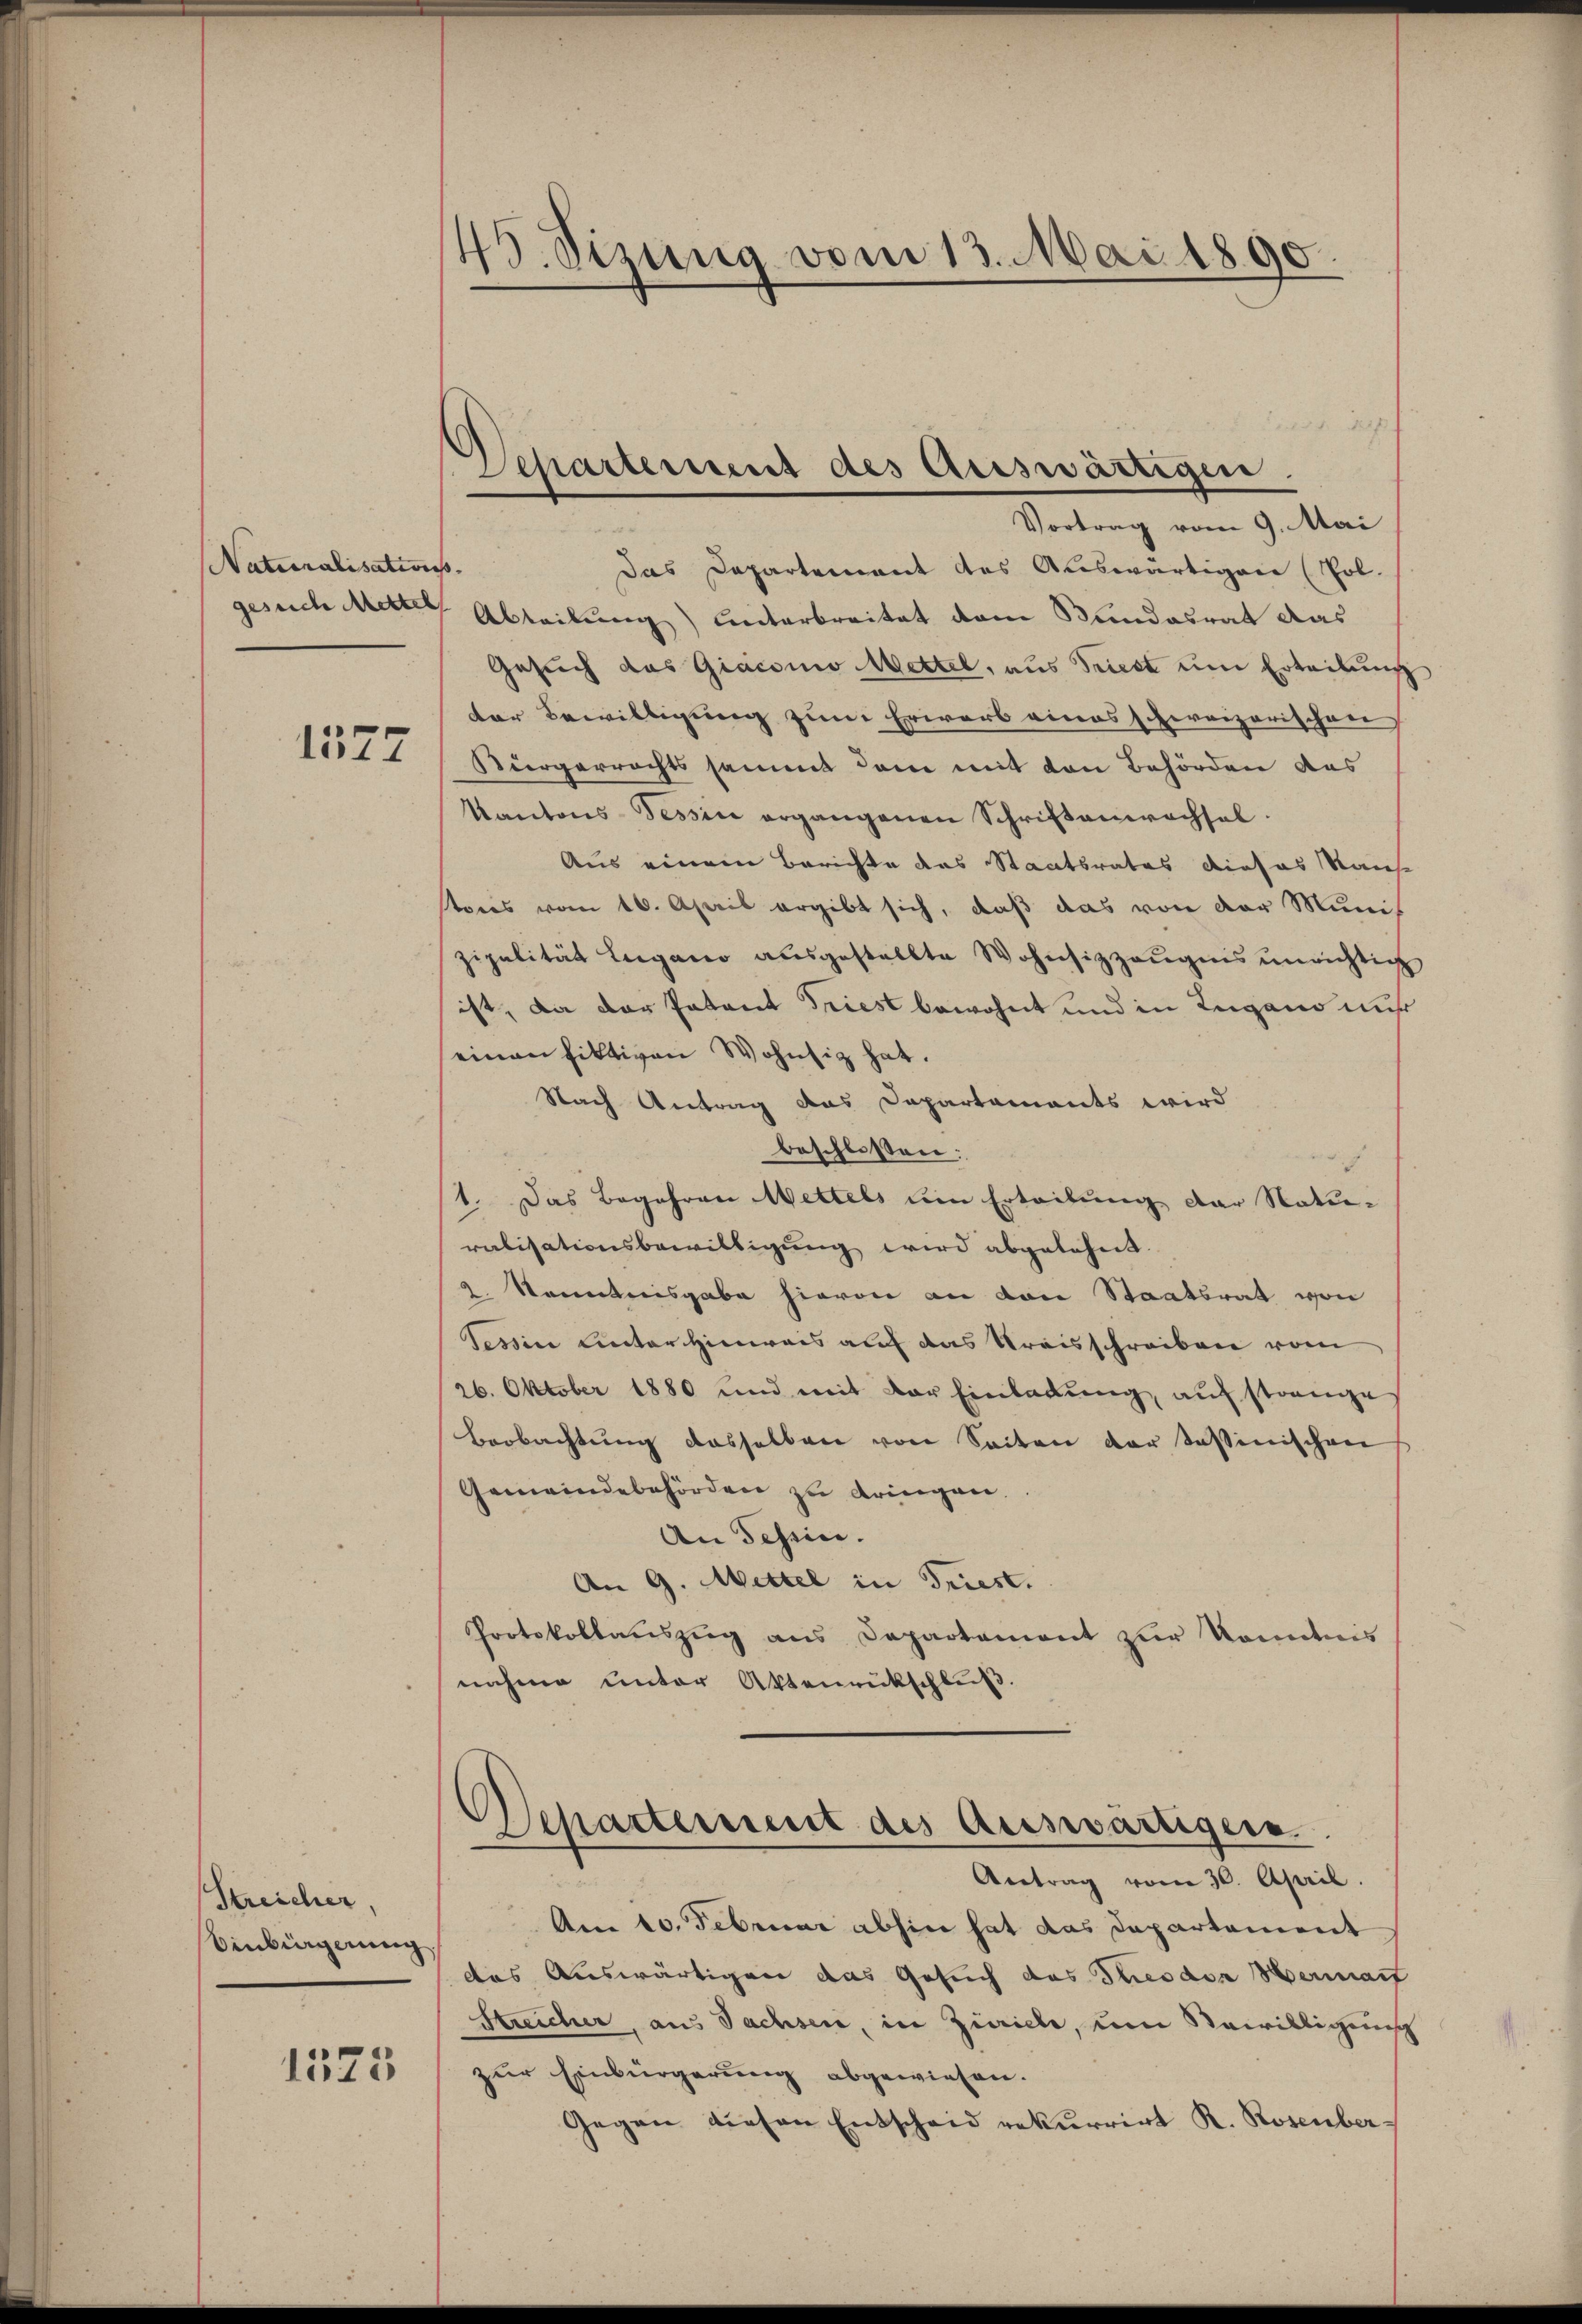
Naturalisations.

1577

Streicher,
Einbingerung

1525

49. Sizung vom 13. Mai 1890.

Jah
Departement des Auswärtigen.
Vortrag vom 9. Mai

Das Departement des Auswärtigen (Pol-
gesuch Metter, Abteilung) unterbreitet dem Stundesrat das
Gesuch das Giacomo Mettel, aus Triest um Erteilung
der Bewilligung zum Erwarb eines schereizerischen
Bürgerrechts sammt dem mit von Behörden des
Kantons-Tessin ergangenen Schriftenwachsel.
Aus einem Berichte das Staatsrates dieses Rauhe
tores vom 16. April ergibt sich, daß das von der Munis
zipalität Lugano ausgestellte Wohnsizzeugnis unrichtig
ist, da der Patent Triest bewohnt und in Lugano mis
einen fiktiven Wohnsitz hat.
Nach Antrag das Dapartements wird
beschlossen:
1. Das Begehren Mettels um Erteilung der Natu-
ralisationsbewilligung wird abgelehnt.
 Kenntnisgabe hievon an von Staatsrat von
Tessin unter Hinweis auf das Kreisschreiben vom
26. Oktober 1880 und mit der Einladung, auf strange
Beobachtung dasselben von Seiten der Tassinischen
Gemeindebehörden zu dringen.
An Schein.
An G. Mittel in Friest.
Protokollaŭszŭg ans Departement zur konntnis
nahme unter Aktenrückschluß.

Departerseit des Auswärtigern.

d

Antrag vom 30. April.
Am 10. Februar abhin hat das Departement
das Auswärtigen das Gesuch das Theodor Hermaif
Streicher, aus Sachsen, in Zürich, um Bewilligung
zur Einbürgerung abgewiesen.
Gegen diesen Entscheid rekurrirt R. Rosenber¬